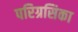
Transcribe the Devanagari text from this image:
परिग्रसिका